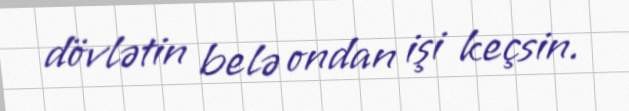
dövlətin belə ondan işi keçsin.